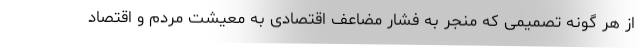
از هر گونه تصمیمی که منجر به فشار مضاعف اقتصادی به معیشت مردم و اقتصاد